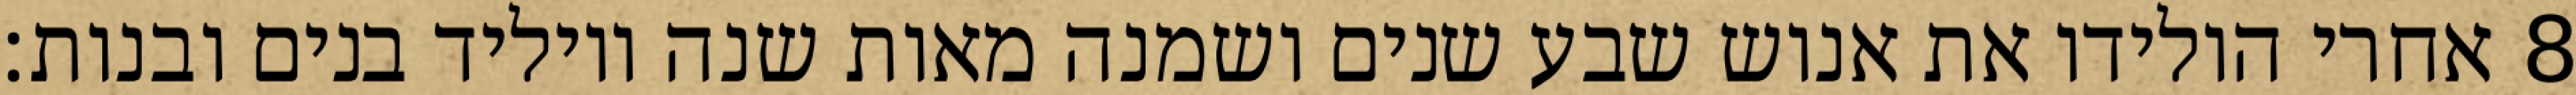
אחרי הולידו את אנוש שבע שנים ושמנה מאות שנה ויוליד בנים ובנות׃ ‎8‏